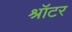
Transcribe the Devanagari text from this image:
श्रॉटर